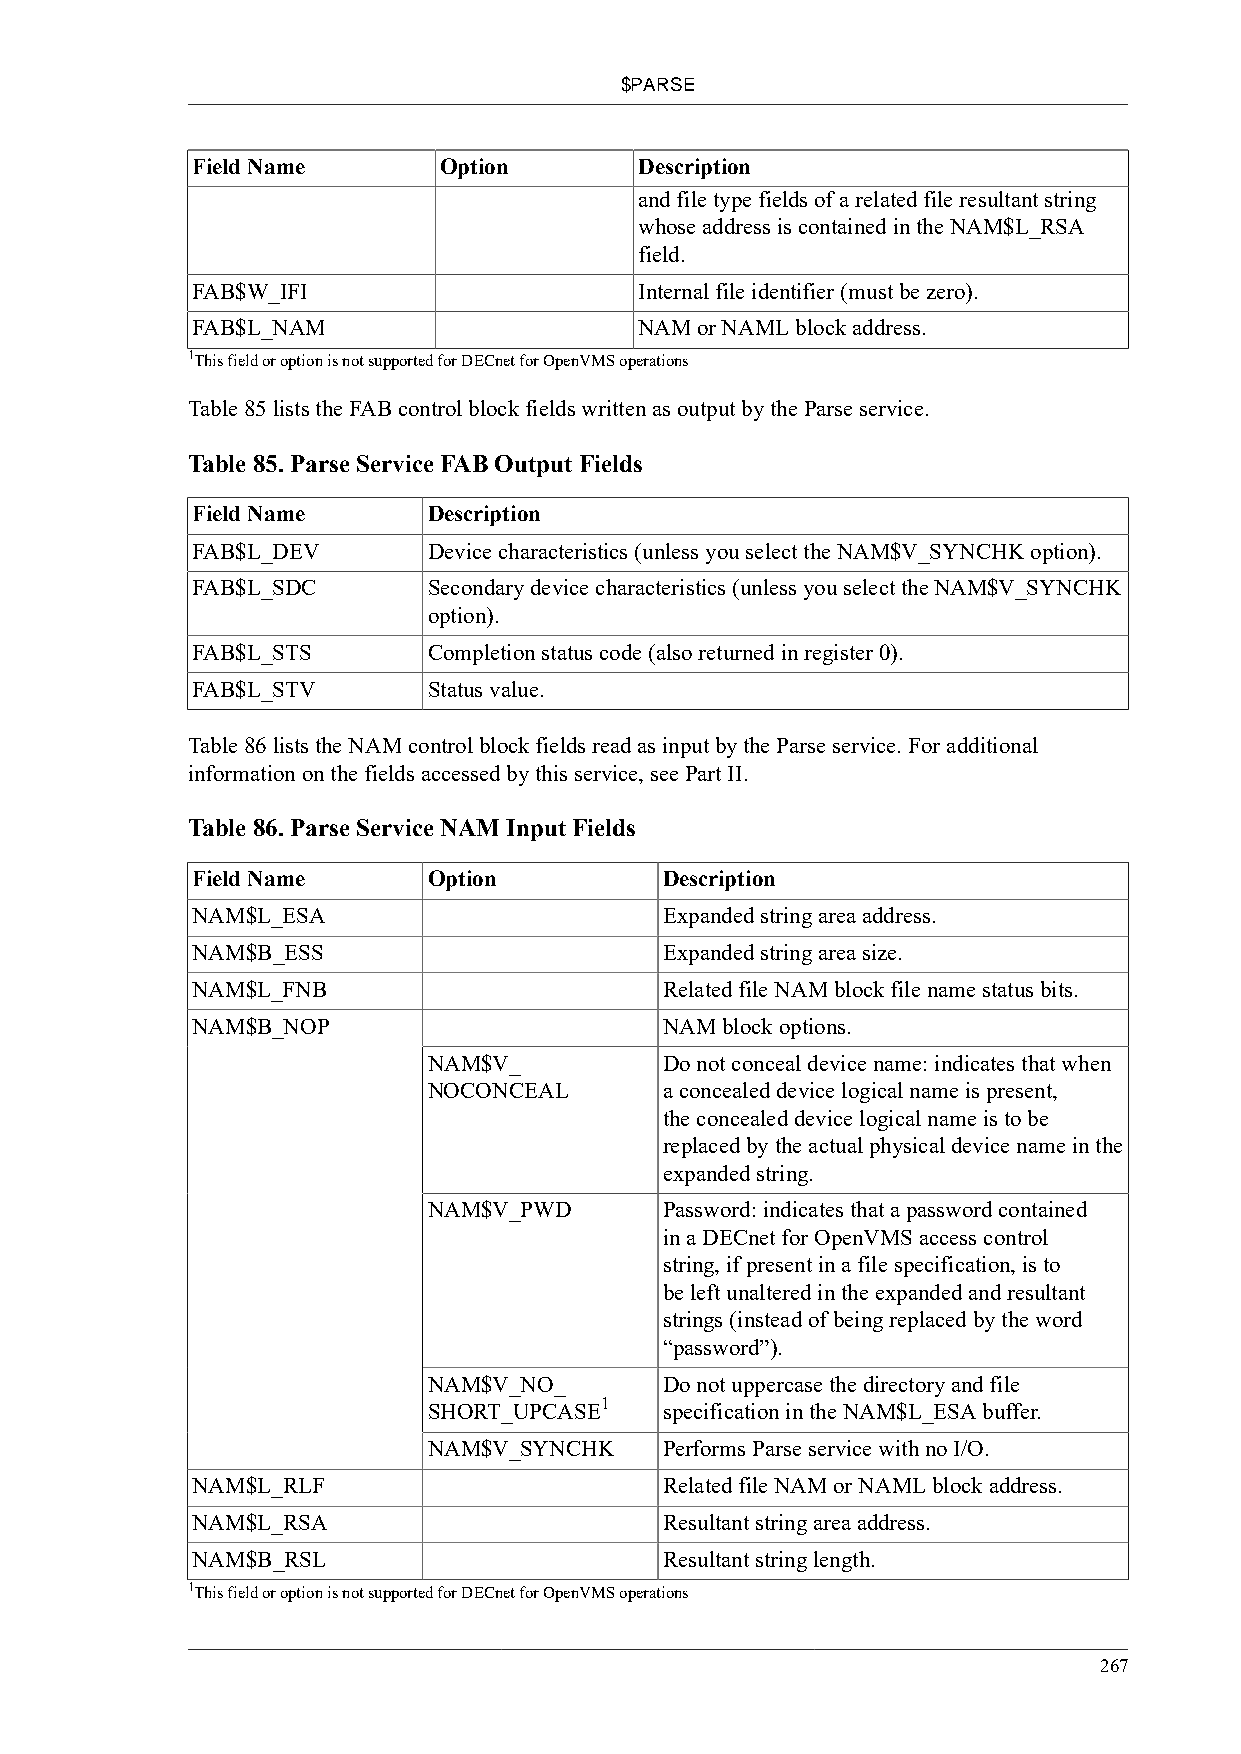
$PARSE
 Field Name      Option       Description
 and file type fields of a related file resultant string
 whose address is contained in the NAM$L_RSA
 field.
 FAB$W_IFI                    Internal file identifier (must be zero).
 FAB$L_NAM                    NAM or NAML block address.
 1This field or option is not supported for DECnet for OpenVMS operations
 Table 85 lists the FAB control block fields written as output by the Parse service.
 Table 85. Parse Service FAB Output Fields
 Field Name     Description
 FAB$L_DEV      Device characteristics (unless you select the NAM$V_SYNCHK option).
 FAB$L_SDC      Secondary device characteristics (unless you select the NAM$V_SYNCHK
 option).
 FAB$L_STS      Completion status code (also returned in register 0).
 FAB$L_STV      Status value.
 Table 86 lists the NAM control block fields read as input by the Parse service. For additional
 information on the fields accessed by this service, see Part II.
 Table 86. Parse Service NAM Input Fields
 Field Name     Option          Description
 NAM$L_ESA                      Expanded string area address.
 NAM$B_ESS                      Expanded string area size.
 NAM$L_FNB                      Related file NAM block file name status bits.
 NAM$B_NOP                      NAM block options.
 NAM$V_          Do not conceal device name: indicates that when
 NOCONCEAL       a concealed device logical name is present,
 the concealed device logical name is to be
 replaced by the actual physical device name in the
 expanded string.
 NAM$V_PWD       Password: indicates that a password contained
 in a DECnet for OpenVMS access control
 string, if present in a file specification, is to
 be left unaltered in the expanded and resultant
 strings (instead of being replaced by the word
 “password”).
 NAM$V_NO_       Do not uppercase the directory and file
 1
 SHORT_UPCASE    specification in the NAM$L_ESA buffer.
 NAM$V_SYNCHK    Performs Parse service with no I/O.
 NAM$L_RLF                      Related file NAM or NAML block address.
 NAM$L_RSA                      Resultant string area address.
 NAM$B_RSL                      Resultant string length.
 1This field or option is not supported for DECnet for OpenVMS operations
 267